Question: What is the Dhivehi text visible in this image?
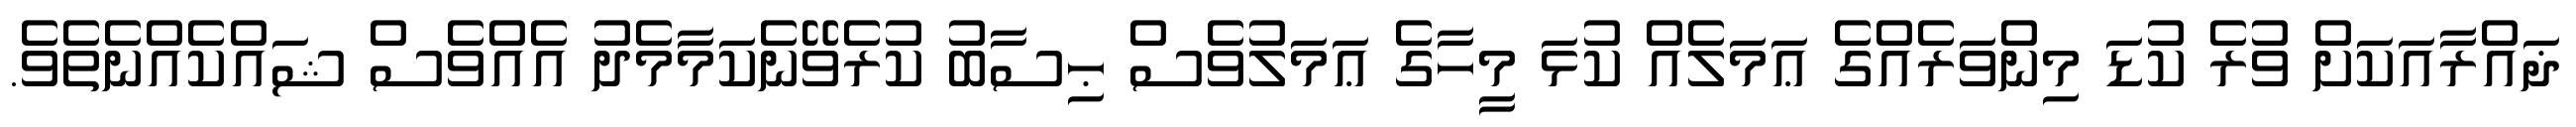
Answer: ޛައްރާއަކަށް ވުރެ ކުޑަ މިންވަރެއްގެ ޢަމަލެއް ކުޅަ މީހާގެ ޢަމަލުވެސް ޙިސާބު ކުރެވޭނެކަމާމެދު އެއްވެސް ޝައްކެއްނެތެވެ.